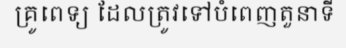
គ្រូពេទ្យ ដែលត្រូវទៅបំពេញតួនាទី